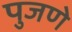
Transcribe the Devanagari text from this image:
पुजणे